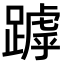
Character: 𨄥